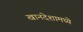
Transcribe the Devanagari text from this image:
खानदेशामध्ये